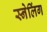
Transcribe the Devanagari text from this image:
स्नेलिंग